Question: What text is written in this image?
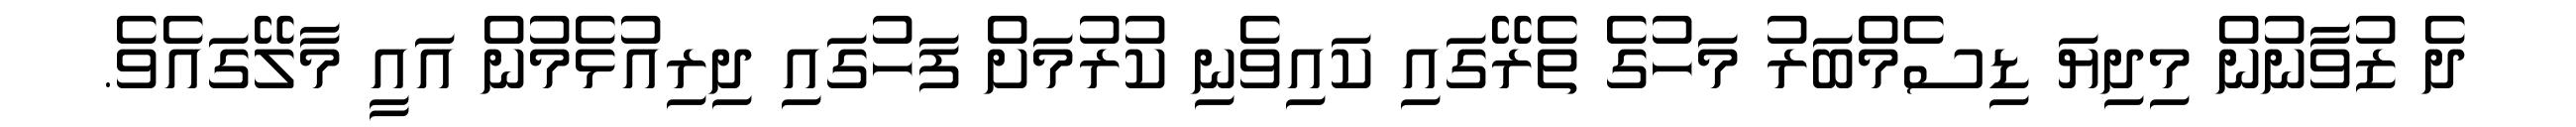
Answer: ދެ ޒުވާނުން މިދިޔަ ޑިސެމްބަރު މަހުގެ ތެރޭގައި ކައިވެނި ކުރުމަށް ފަހުގައި ދިރިއުޅެމުން އައީ މާލޭގައެވެ.